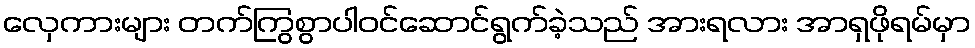
လှေကားများ တက်ကြွစွာပါဝင်ဆောင်ရွက်ခဲ့သည် အားရလား အာရှဖိုရမ်မှာ